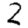
Digit: 2